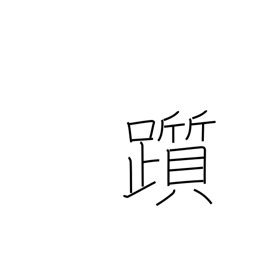
Meaning: stumble